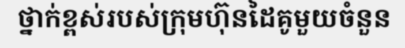
ថ្នាក់ខ្ពស់របស់ក្រុមហ៊ុនដៃគូមួយចំនួន